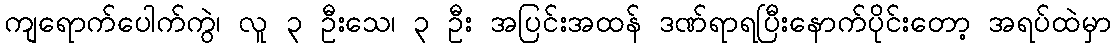
ကျရောက်ပေါက်ကွဲ၊ လူ ၃ ဦးသေ၊ ၃ ဦး အပြင်းအထန် ဒဏ်ရာရပြီးနောက်ပိုင်းတော့ အရပ်ထဲမှာ